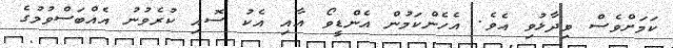
ކަމަށްވެސް ވިދާޅުވި އެވެ. އެހެންކަމުން އެންޑީވޯ އާއި އެކު ސޮއި ކުރެވުނު އެއްބަސްވުމުގެ